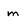
Character: m